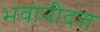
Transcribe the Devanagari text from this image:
भवानीदत्त